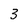
Character: 3